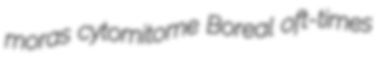
moras cytomitome Boreal oft-times